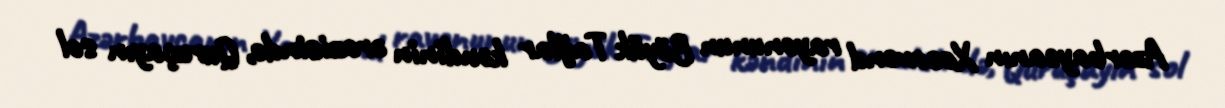
Azərbaycanın Xocavənd rayonunun Böyük Tağlar kəndinin ərazisində, Quruçayın sol